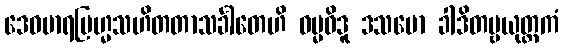
ဒေဝမာရဗြဟ္မသဟိတတာသင်္ခါတေဟိ ဓမ္မဝိဒူ ဒသမော ခါဒိတဗ္ဗယုတ္တကံ